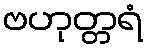
ဗဟုတ္တရံ